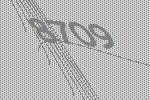
8709